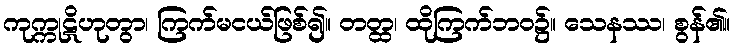
ကုက္ကုဋိဟုတွာ၊ ကြက်မငယ်ဖြစ်၍။ တတ္ထ၊ ထိုကြက်ဘဝ၌။ သေနဿ၊ စွန်၏။